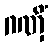
ဂဏှိံ